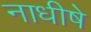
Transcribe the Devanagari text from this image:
नाधीषे